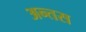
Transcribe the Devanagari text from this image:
अन्तस